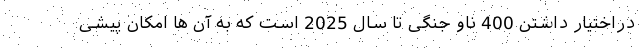
دراختیار داشتن 400 ناو جنگی تا سال 2025 است که به آن ها امکان پیشی